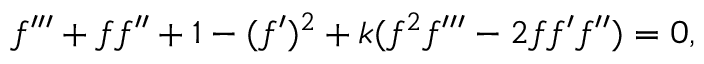
f ^ { \prime \prime \prime } + f f ^ { \prime \prime } + 1 - ( f ^ { \prime } ) ^ { 2 } + k ( f ^ { 2 } f ^ { \prime \prime \prime } - 2 f f ^ { \prime } f ^ { \prime \prime } ) = 0 ,